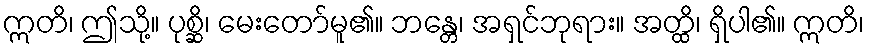
ဣတိ၊ ဤသို့။ ပုစ္ဆိ၊ မေးတော်မူ၏။ ဘန္တေ၊ အရှင်ဘုရား။ အတ္ထိ၊ ရှိပါ၏။ ဣတိ၊